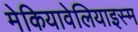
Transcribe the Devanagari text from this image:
मेकियावेलियाइस्म